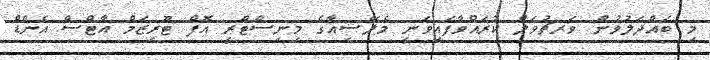
މި ބައްދަލުވުން ވަރޗުވަލް ކުރައްވާފައިވަނީ މެލޭޝިއާގެ މިނިސްޓްރީ އޮފް ޓޫރިޒަމް އާޓްސް އެންޑް